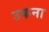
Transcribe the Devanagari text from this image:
उकना